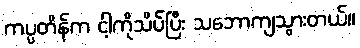
ကပ္ပတိန်က ငါ့ကိုသိပ်ပြီး သဘောကျသွားတယ်။